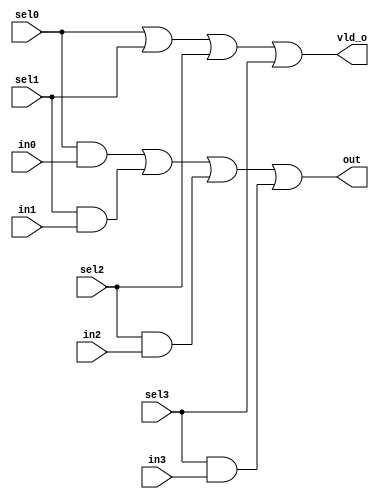
////////////////////////////////////////////////////////////////////////////////
//
// Filename    : vld_mux4
// Description : 4:1 parallel mux with valid output.
//
// History     : Initial 	
//
////////////////////////////////////////////////////////////////////////////////

module vld_mux4
    (
    sel0,
    in0,
    //-------------------
    sel1,
    in1,
    //-------------------
    sel2,
    in2,
    //-------------------
    sel3,
    in3,
    //-------------------
    out,
    vld_o
    );

//------------------------------------------------------------------------------
//Parameters
parameter DW = 1'b1;
//------------------------------------------------------------------------------
// Port declarations
input               sel0;
input [DW-1:0]	    in0;
//
input               sel1;
input [DW-1:0]	    in1;
//
input               sel2;
input [DW-1:0]	    in2;
//
input               sel3;
input [DW-1:0]	    in3;
//
output [DW-1:0]	    out;
output              vld_o;
//------------------------------------------------------------------------------
//internal signal

//------------------------------------------------------------------------------
//Logic
assign out = ({DW{sel0}} & in0) |
             ({DW{sel1}} & in1) |
             ({DW{sel2}} & in2) |
             ({DW{sel3}} & in3);
assign vld_o = sel0 | sel1 | sel2 | sel3;

endmodule